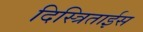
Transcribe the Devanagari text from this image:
दिस्त्रिताईस